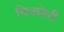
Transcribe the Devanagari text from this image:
चिचरोली